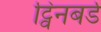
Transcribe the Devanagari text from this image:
ट्विनबर्ड